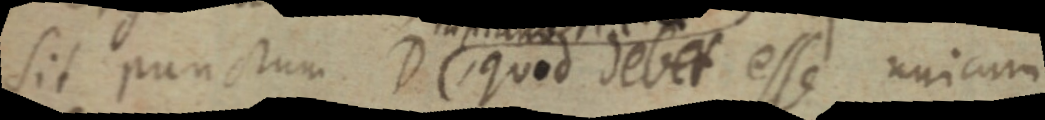
sit punctum D quod debet esse unicum